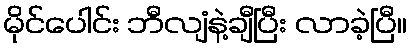
မိုင်ပေါင်း ဘီလျံနဲ့ချီပြီး လာခဲ့ပြီ။